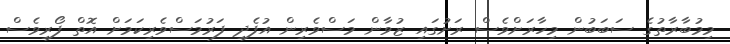
މިމުބާރާތުގެ ސަބަބުން މިހާރަށްވެސް ރަށުގައި ޒުވާން މަސްވެރިން އުފެދި ފަރުމަސްވެރިކަމަށް އޮތް ފޯރިވެސް